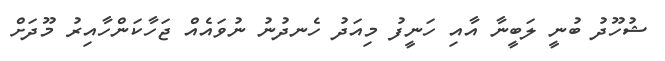
ޝުހޫދު ބުނީ ލަބީނާ އާއި ހަނީފު މިއަދު ހެނދުނު ނުވައެއް ޖަހާކަންހާއިރު މޫދަށް